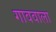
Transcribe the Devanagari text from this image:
गाववाला